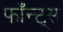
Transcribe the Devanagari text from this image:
फाँन्‍ट्‌स